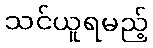
သင်ယူရမည့်